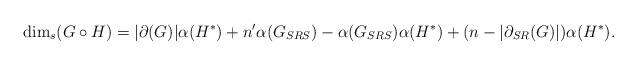
LaTeX: \begin{align*}\dim_s(G\circ H)=|\partial(G)| \alpha(H^*) +n'\alpha(G_{SRS})-\alpha(G_{SRS})\alpha(H^*)+ (n-|\partial_{SR}(G)|) \alpha (H^*).\end{align*}